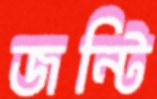
জন্টি